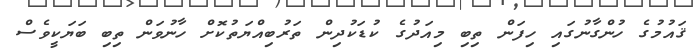
ޤައުމުގެ ހުންގާނުގައި ހިފަން ތިބި މިއަދުގެ ކުޑަކުދިން ތަރުބިއްޔަތުކޮށް ހާނުވަން ތިބި ބަޔަކީވެސް